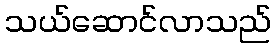
သယ်ဆောင်လာသည်